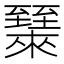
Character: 𬛶